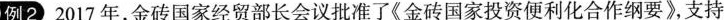
例2 2017年，金砖国家经贸部长会议批准了《金砖国家投资便利化合作纲要》，支持